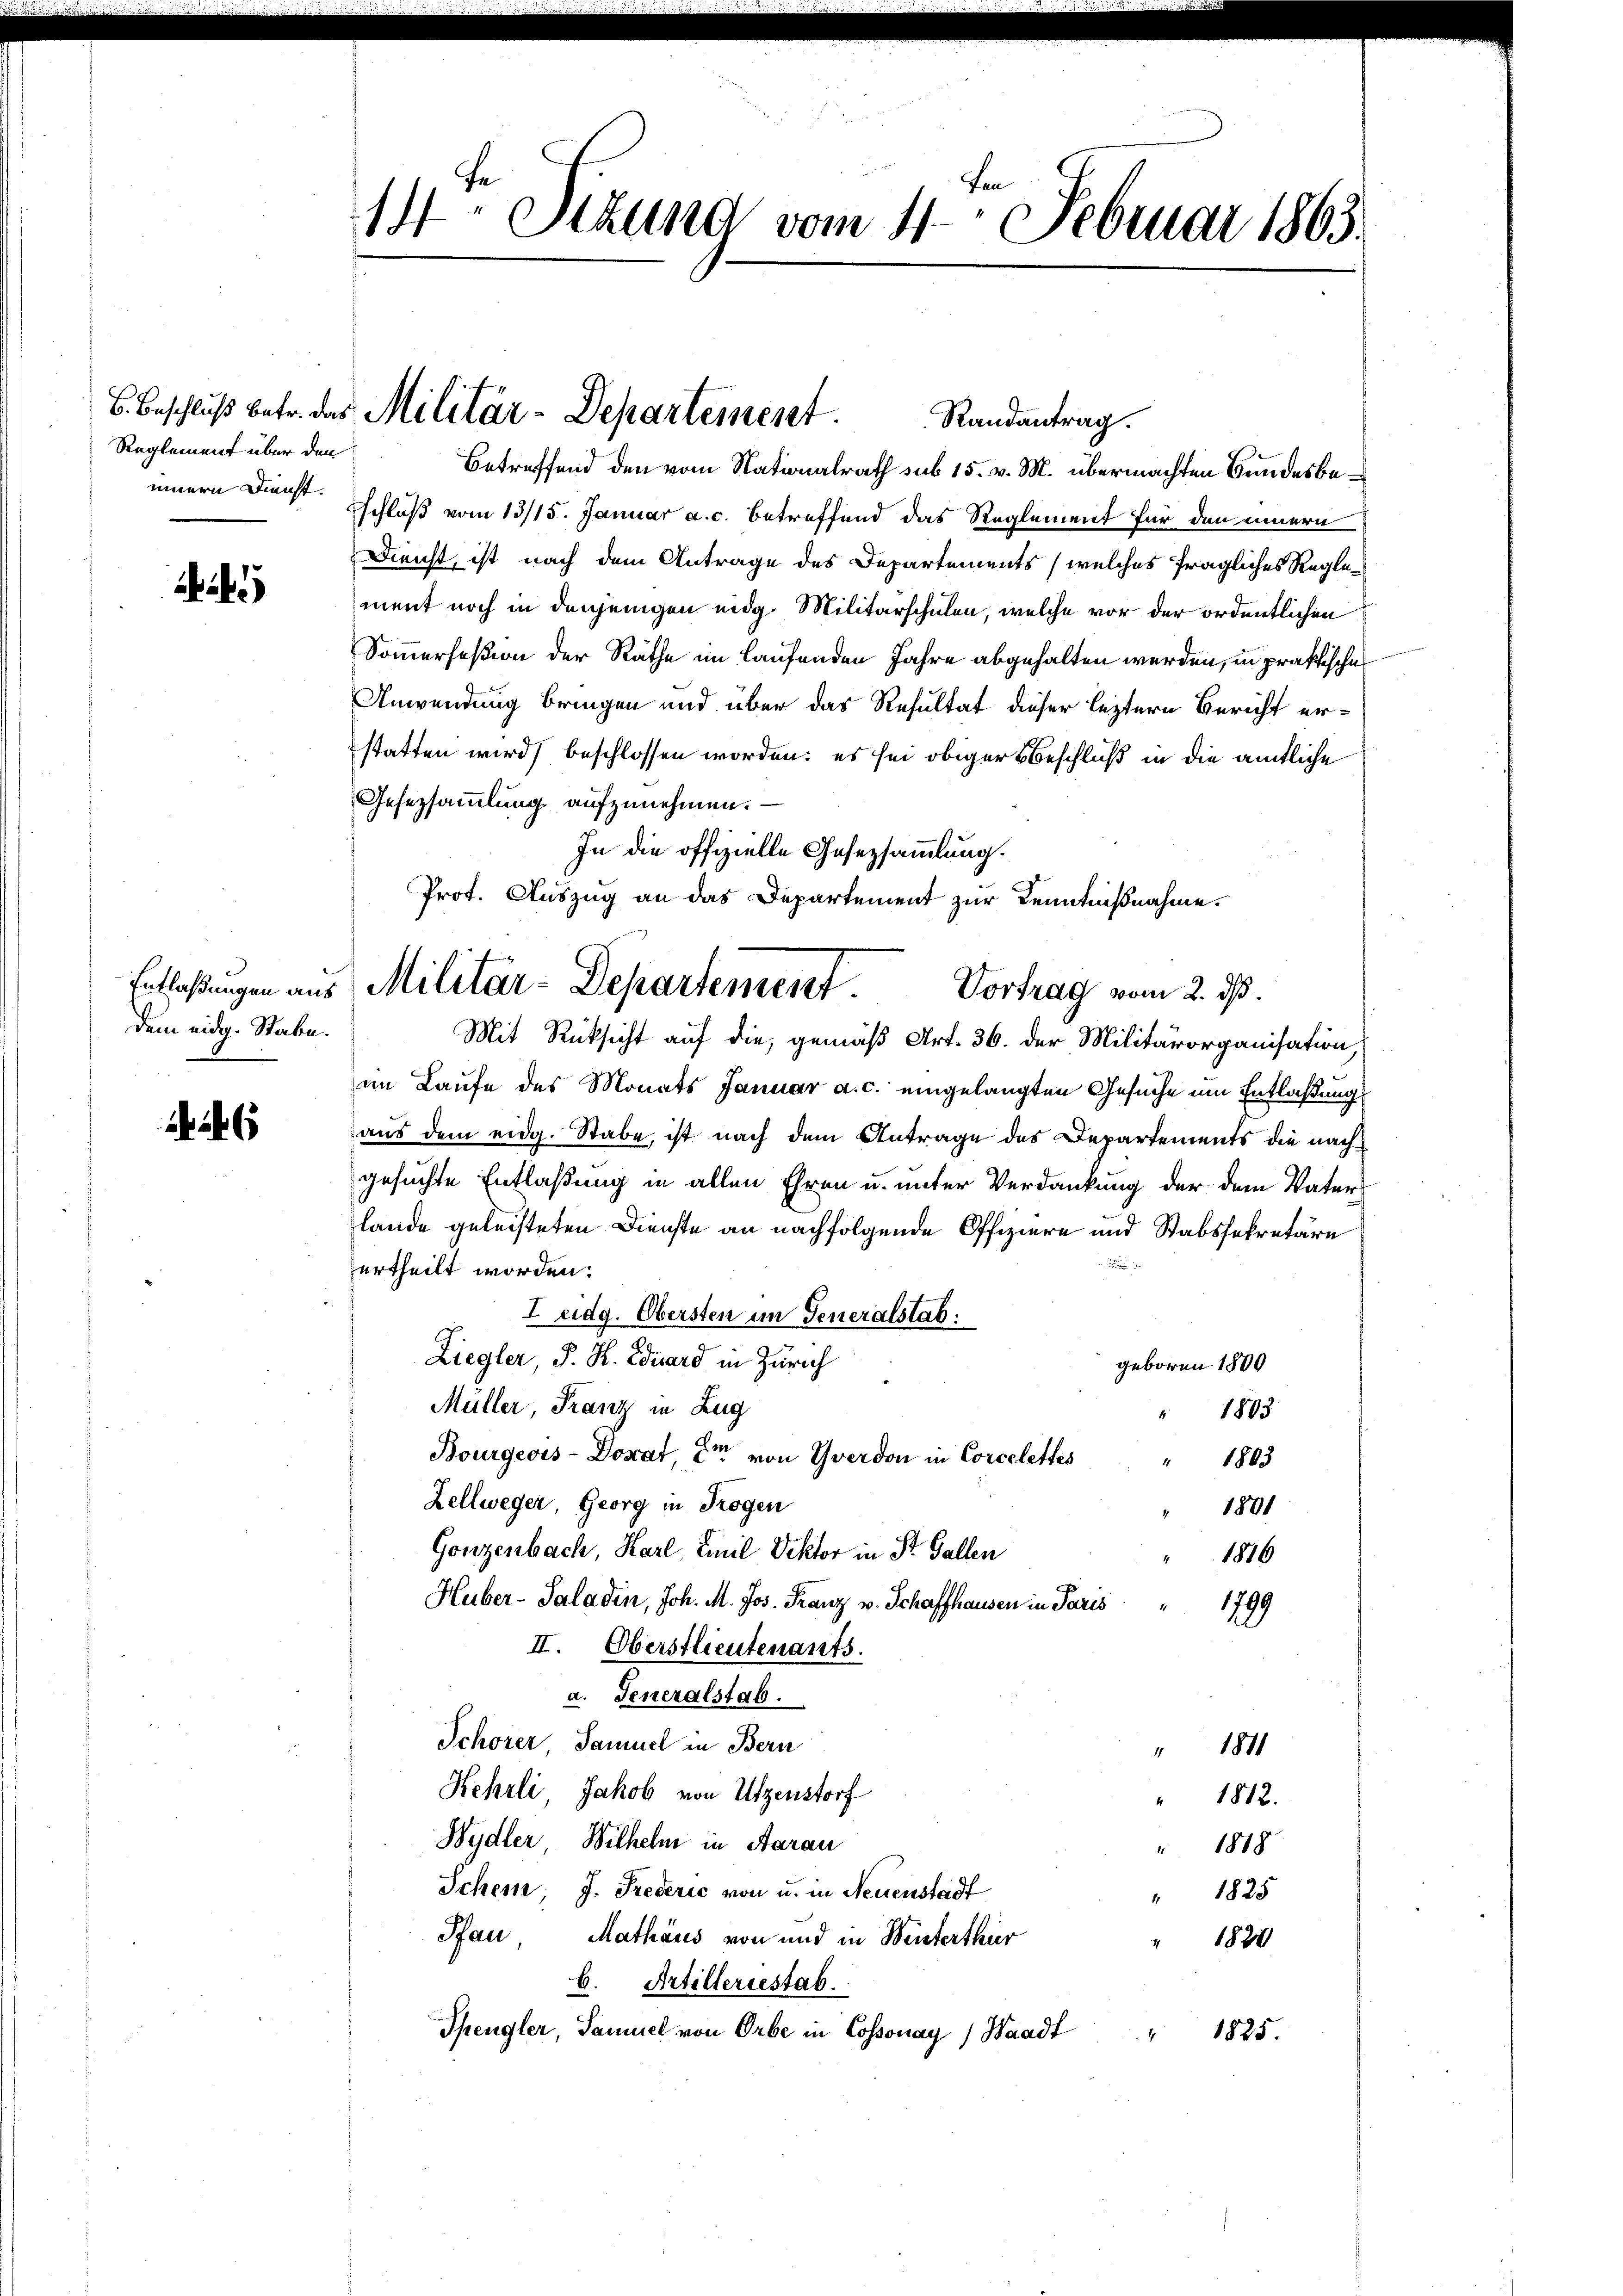
Reglement über den

dem eidg. Stabe.

14 Sizung vom 4. Februar 1863.

Betreffend den vom Nationalrath sub 15. v. M. übermachten Bundesbeinnern Dienst Schluß vom 13/15. Januar a. c. betreffend das Reglement für den innern
Dienst, ist nach dem Antrage des Departements (welches fragliches Reglement noch in denjenigen eidg. Militärschulen, welche vor der ordentlichen
Sommerfeßion der Räthe im laufenden Jahre abgehalten werden, in praktische
Anwendung bringen und über das Resultat dieser leztern Bericht erstatten wird beschlossen worden; es sei obiger Beschluß in die amtliche
Gesetzsammlung aufzunehmen. —
In die offizielle Gesezsammlung.
Prot. Auszug an das Departement zur Kenntnißnahme.

B. Beschluß betr. des Militär-Departement.
Randantrag.

Entlaßungen aus Militär-Departement. Vortrag vom 2. ds.

Mit Rücksicht auf die, gemäß Art. 36. der Militärorganisation,
im Laufe des Monats Januar a. c. eingelangten Gesuche um Entlaßung
aus dem eidg. Stabe, ist nach dem Antrage des Departements die nachgesuchte Entlaßung in allen Ehren u. unter Verdankung der dem Vaterlande geleisteten Dienste an nachfolgende Offiziere und Stabssekretäre

urtheilt worden.
I eidg. Obersten im Generalstab.
Ziegler, P. R. Eduard in Zürich
geboren 1800
Müller, Franz in Zug
1803
Bourgeois - Donat, er von Yverdon in Corcelettes " 1803
Zellweger, Georg in Trogen
1801
Gonzenbach, Karl, Emil Viktor in St. Gallen
1876
Huber-Saladen, Joh. M. Jos. Franz v. Schaffhausen in Paris
189
II. Oberstlieutenants.
a. Generalstab.
Schorer, Samuel in Bern
 1811
Kehrli Jakob von Utzenstorf
1812.
Wydler, Wilhelm in Aarau
" 1818
Ichem J. Frederić von u. in Neuenstadt
" 1825
Pfau Mathäus von und in Winterthur
1820
b. Artilleriestab.
Spengler, Samuel von Orbe in Cossonay, Waadt
1825.
4